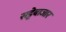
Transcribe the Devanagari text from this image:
सट्टेबाजार